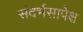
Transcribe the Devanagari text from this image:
संदर्भसापेक्ष